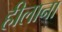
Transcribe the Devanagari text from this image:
हीलाना